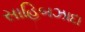
સાહિબઝાદા